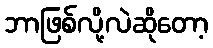
ဘာဖြစ်လို့လဲဆိုတော့